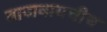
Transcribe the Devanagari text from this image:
वाजवायचीच